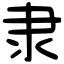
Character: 隶